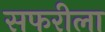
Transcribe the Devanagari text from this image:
सफरीला